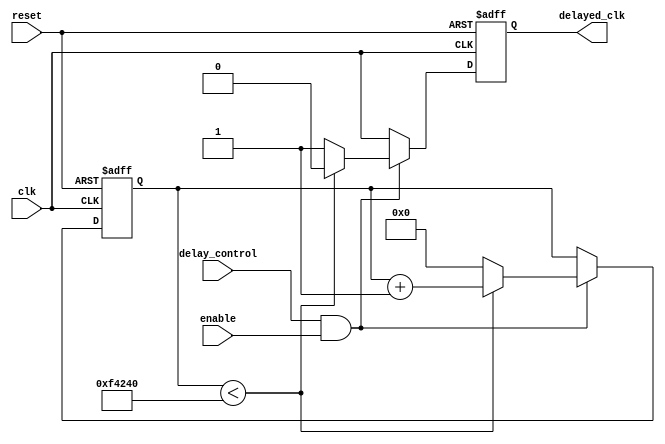
module RC_Delay(
    input wire clk,
    input wire reset,
    input wire enable,
    input wire delay_control,
    
    output reg delayed_clk
);

reg [31:0] counter;
wire rc_delay;

assign rc_delay = delay_control & enable;

always @(posedge clk or posedge reset) begin
    if(reset) begin
        counter <= 0;
        delayed_clk <= 0;
    end else begin
        if(rc_delay) begin
            if(counter < 1000000) begin
                counter <= counter + 1;
                delayed_clk <= 0;
            end else begin
                counter <= 0;
                delayed_clk <= 1;
            end
        end else begin
            delayed_clk <= clk;
        end
    end
end

endmodule